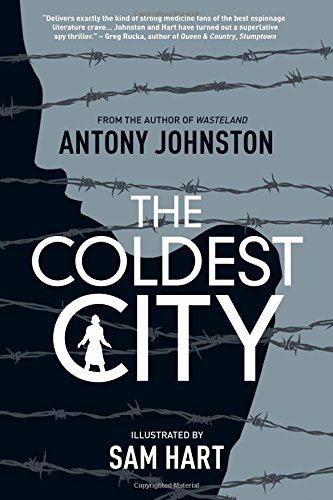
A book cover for The Coldest City; Antony Johnston; Comics & Graphic Novels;